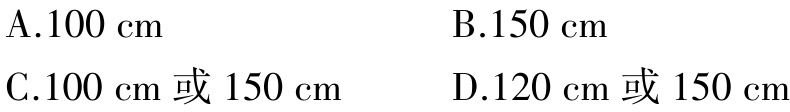
A.$100\mathrm{cm}$  B.$150\mathrm{cm}$

C.$100\mathrm{cm}$或$150\mathrm{cm}$  D.$120\mathrm{cm}$或$150\mathrm{cm}$